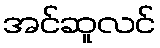
အင်ဆူလင်